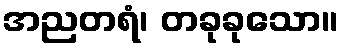
အညတရံ၊ တခုခုသော။